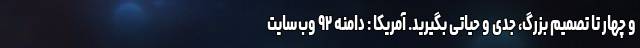
و چهار تا تصمیم بزرگ، جدی و حیاتی بگیرید. آمریکا : دامنه ۹۲ وب‌سایت